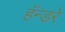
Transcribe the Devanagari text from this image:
हॅन्डरे